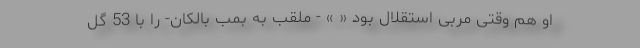
او هم وقتی مربی استقلال بود « » - ملقب به بمب بالکان- را با 53 گل